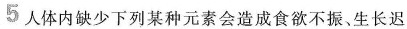
5人体内缺少下列某种元素会造成食欲不振、生长迟